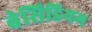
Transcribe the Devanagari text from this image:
बेसिडियम